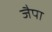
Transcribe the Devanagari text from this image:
जैपा